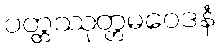
ပတ္တဿုတ္တမဝေဒနံ